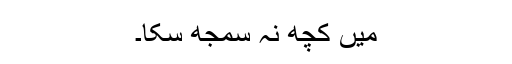
میں کچھ نہ سمجھ سکا۔